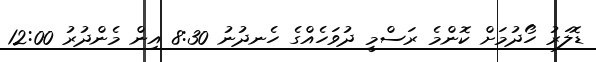
ޑޮލަރު ހޯދުމަށް ކޮންމެ ރަސްމީ ދުވަހެއްގެ ހެނދުނު 8:30 އިން މެންދުރު 12:00